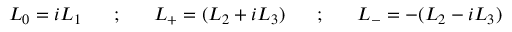
L _ { 0 } = i L _ { 1 } ~ ~ ~ ~ ~ ; ~ ~ ~ ~ ~ L _ { + } = ( L _ { 2 } + i L _ { 3 } ) ~ ~ ~ ~ ~ ; ~ ~ ~ ~ ~ L _ { - } = - ( L _ { 2 } - i L _ { 3 } )